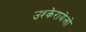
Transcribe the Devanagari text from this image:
उश्केरायेलो